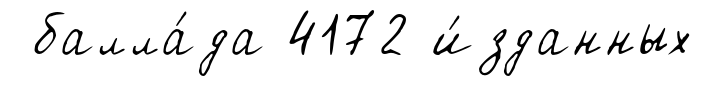
балла́да 4172 и́зданных